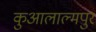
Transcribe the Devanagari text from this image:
कुआलाल्मपुर